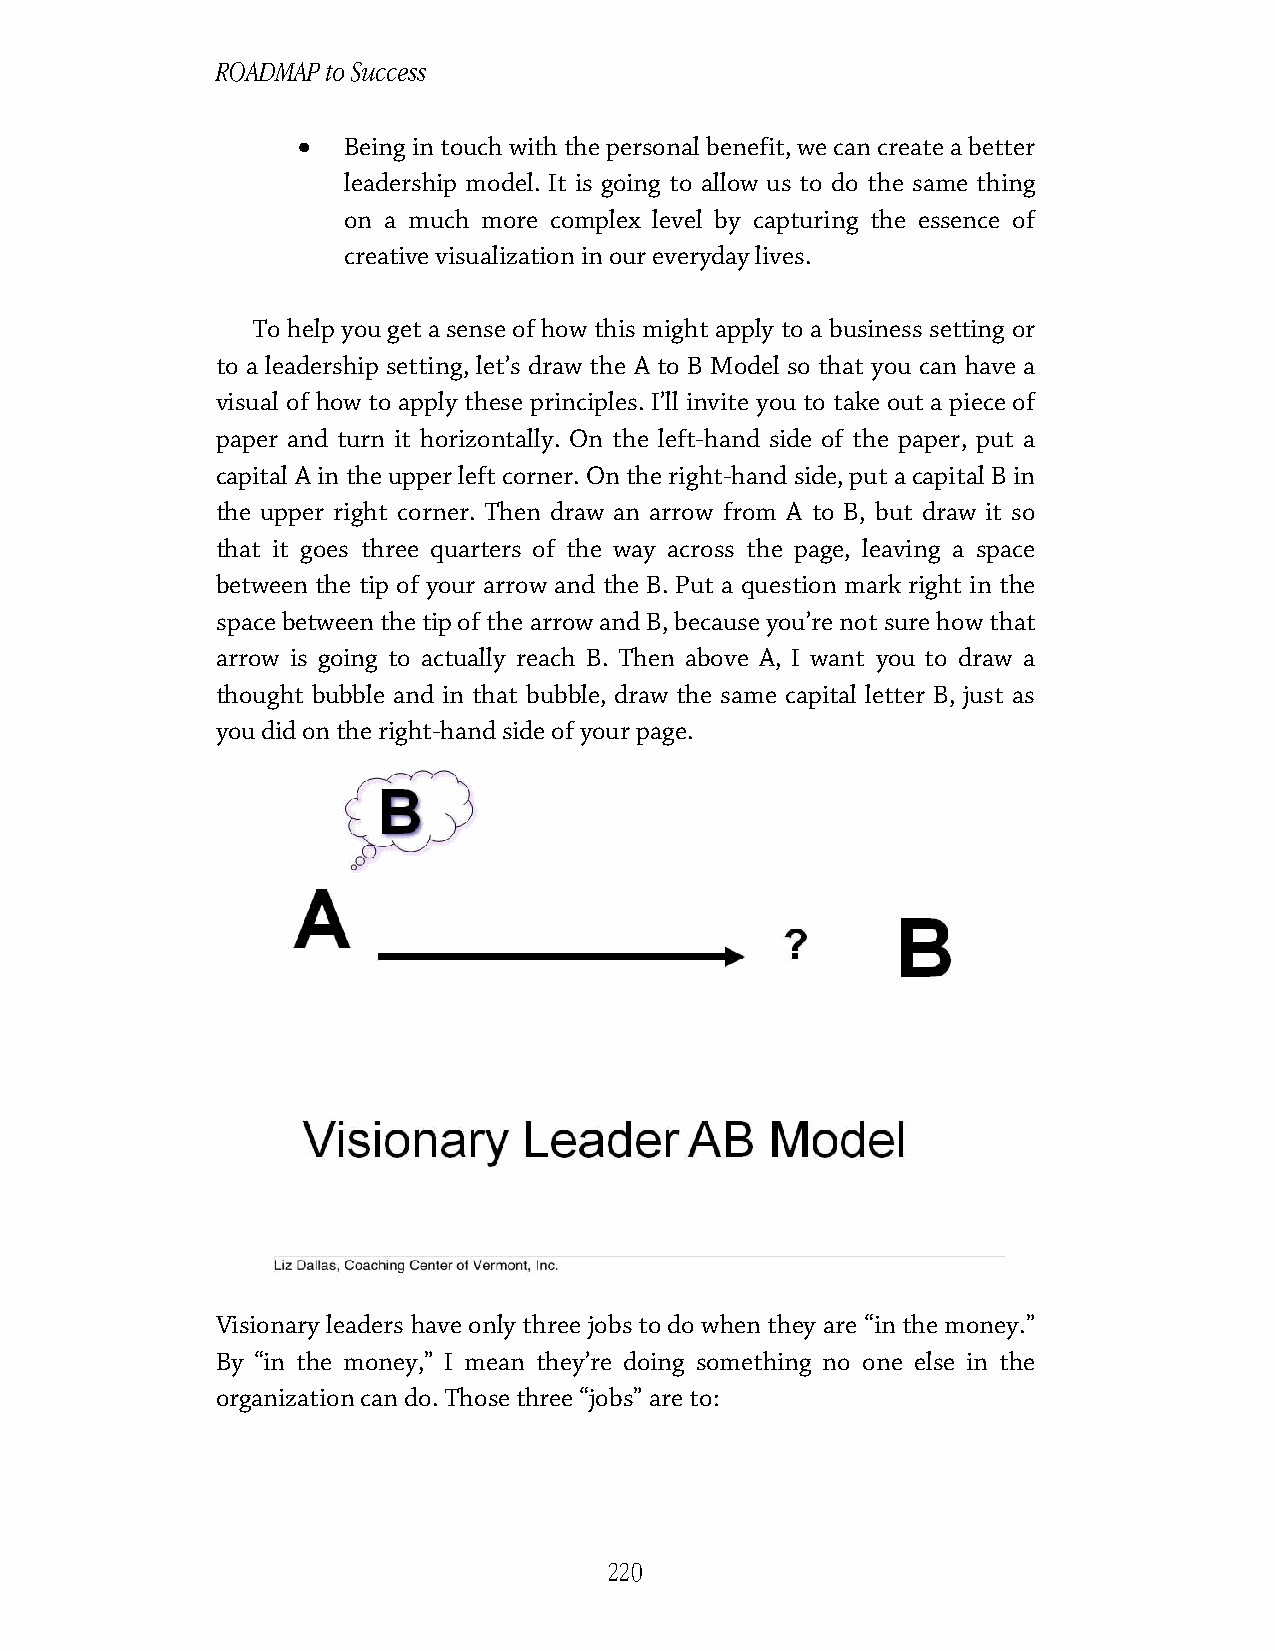
ROADMAP to Success
 •
 Being in touch with the personal benefit, we can create a better
 leadership model. It is going to allow us to do the same thing
 on a much more complex level by capturing the essence of
 creative visualization in our everyday lives.
 To help you get a sense of how this might apply to a business setting or
 to a leadership setting, let’s draw the A to B Model so that you can have a
 visual of how to apply these principles. I’ll invite you to take out a piece of
 paper and turn it horizontally. On the left-hand side of the paper, put a
 capital A in the upper left corner. On the right-hand side, put a capital B in
 the upper right corner. Then draw an arrow from A to B, but draw it so
 that it goes three quarters of the way across the page, leaving a space
 between the tip of your arrow and the B. Put a question mark right in the
 space between the tip of the arrow and B, because you’re not sure how that
 arrow is going to actually reach B. Then above A, I want you to draw a
 thought bubble and in that bubble, draw the same capital letter B, just as
 you did on the right-hand side of your page.
 Visionary leaders have only three jobs to do when they are “in the money.”
 By “in the money,” I mean they’re doing something no one else in the
 organization can do. Those three “jobs” are to:
 220